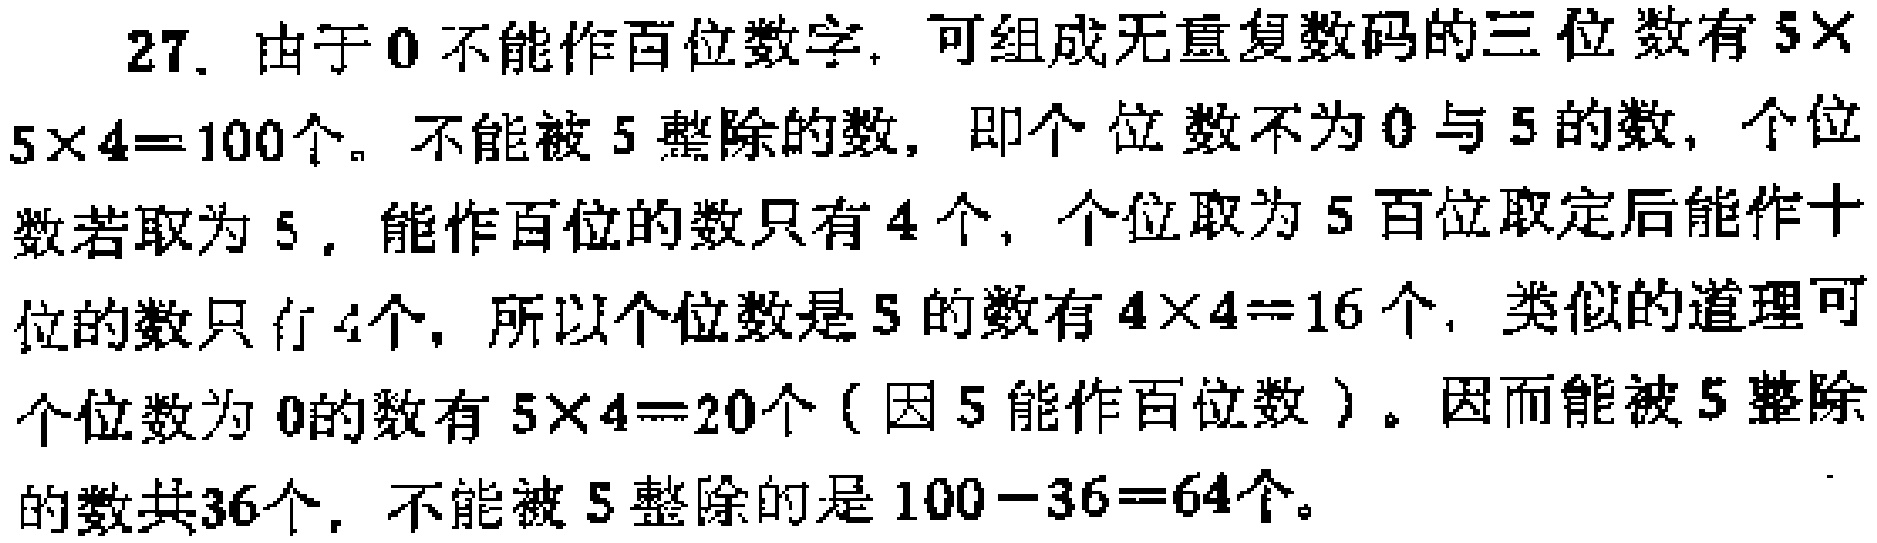
27. 由于\(0\)不能作百位数字，可组成无重复数码的三位数有\(5\times5\times4 = 100\)个。不能被\(5\)整除的数，即个位数不为\(0\)与\(5\)的数，个位数若取为\(5\)，能作百位的数只有\(4\)个，个位取为\(5\)百位取定后能作十位的数只有\(4\)个，所以个位数是\(5\)的数有\(4\times4 = 16\)个，类似的道理可个位数为\(0\)的数有\(5\times4 = 20\)个（因\(5\)能作百位数）。因而能被\(5\)整除的数共\(36\)个，不能被\(5\)整除的是\(100 - 36 = 64\)个。